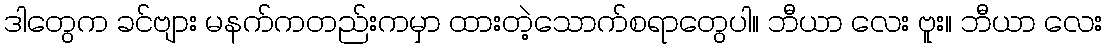
ဒါတွေက ခင်ဗျား မနက်ကတည်းကမှာ ထားတဲ့သောက်စရာတွေပါ။ ဘီယာ လေး ဗူး။ ဘီယာ လေး